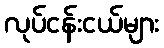
လုပ်ငန်းငယ်များ